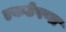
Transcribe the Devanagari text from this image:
एकटेपणा